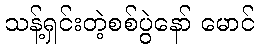
သန့်ရှင်းတဲ့စစ်ပွဲနော် မောင်